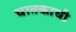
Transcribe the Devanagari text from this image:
चातकाची